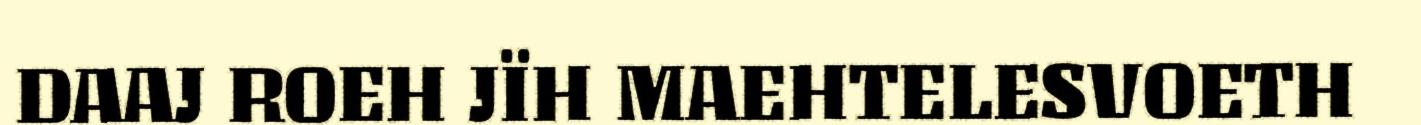
DAAJ ROEH JÏH MAEHTELESVOETH